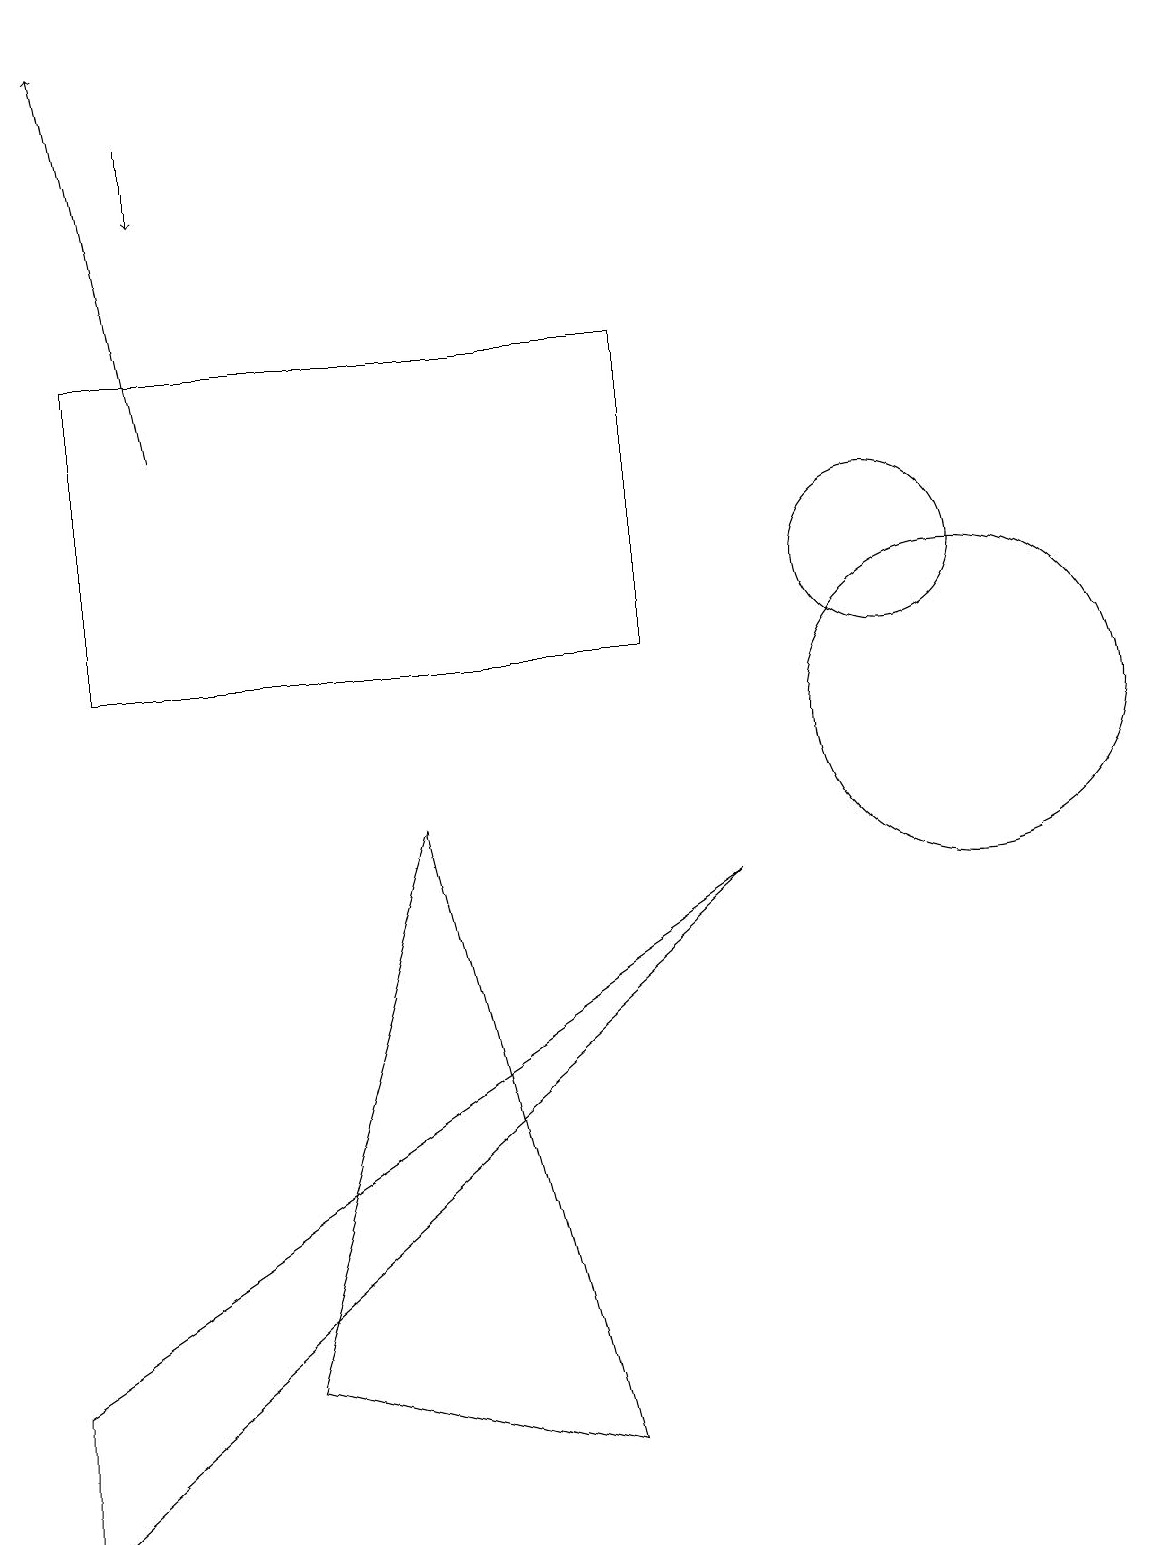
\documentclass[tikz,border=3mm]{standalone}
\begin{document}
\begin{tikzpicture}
\draw[->] (2,14) -- (1,19);
\draw (11,12) circle (1);
\draw (8,15) rectangle (1,11);
\draw (7,1) -- (5,9) -- (3,2) -- cycle;
\draw (9,8) -- (0,2) -- (0,0) -- cycle;
\draw[->] (2,18) -- (2,17);
\draw (12,10) circle (2);
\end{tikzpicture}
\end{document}